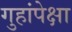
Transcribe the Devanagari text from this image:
गुहांपेक्षा